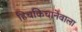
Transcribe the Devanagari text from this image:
हिचकिचानेवाला